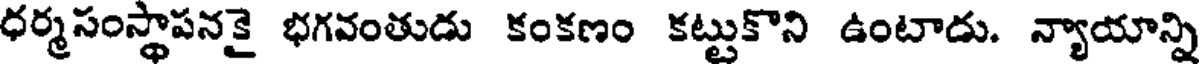
ధర్మసంస్థాపనకై భగవంతుడు కంకణం కట్టుకొని ఉంటాడు. న్యాయాన్ని